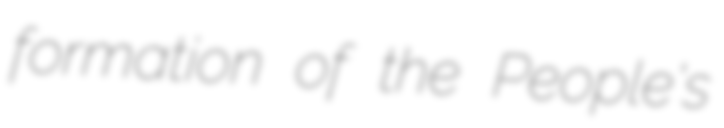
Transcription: formation of the People's